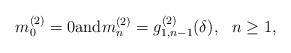
LaTeX: \begin{align*} m_0^{(2)} = 0 \mbox{and} m_n^{(2)} = g_{1,n-1}^{(2)}(\delta), \ \ n\geq 1,\end{align*}